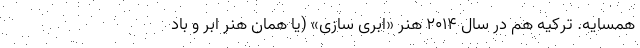
همسایه. ترکیه هم در سال ۲۰۱۴ هنر «ابری سازی» (یا همان هنر ابر و باد